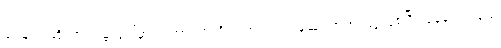
ရေခဲပြင်ဆိုတာ ကမ္ဘာပေါ်မှာ သဘာဝအတိုင်း အလင်းပြန်ဆုံး အရာဝတ္ထုဖြစ်ပြီး နေရောင်ခြည်